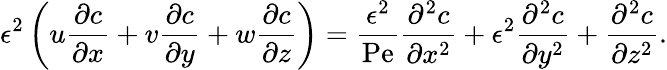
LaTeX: \epsilon^{2}\left(u\frac{\partial c}{\partial x}+v\frac{\partial c}{\partial y}+w\frac{\partial c}{\partial z}\right)=\frac{\epsilon^{2}}{\mathrm{Pe}}\frac{\partial^{2}c}{\partial x^{2}}+\epsilon^{2}\frac{\partial^{2}c}{\partial y^{2}}+\frac{\partial^{2}c}{\partial z^{2}}.